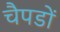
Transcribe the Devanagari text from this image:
चैपडों